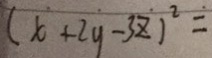
( x + 2 y - 3 z ) ^ { 2 } =